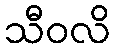
သီဝလိ